Problem: 5 × 7 = ?
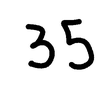
Handwritten answer: 35